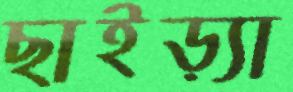
ছাইড়্যা